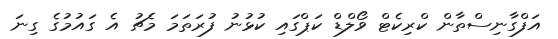
އަފްގާނިސްތާން ކްރިކެޓް ވޯލްޑް ކަޕްގައި ކުޅުނު ފުރަތަމަ މެޗު އެ ގައުމުގެ ގިނަ